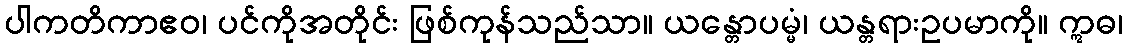
ပါကတိကာဧဝ၊ ပင်ကိုအတိုင်း ဖြစ်ကုန်သည်သာ။ ယန္တောပမ္မံ၊ ယန္တရားဥပမာကို။ ဣဓ၊